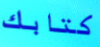
كتابك